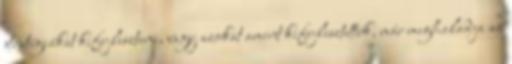
stratégiákat kifejleszteni, vagy azokat amint kifejlesztettük, már meghaladja az